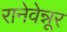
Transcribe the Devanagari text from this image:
रानेवेन्नूर